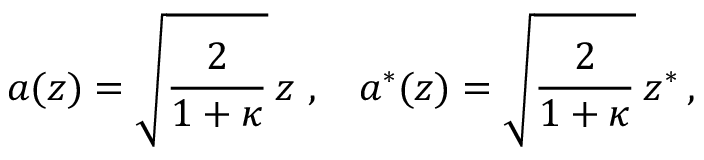
a ( z ) = \sqrt { \frac { 2 } { 1 + \kappa } } \, z \, \, , \, \, \; \; a ^ { * } ( z ) = \sqrt { \frac { 2 } { 1 + \kappa } } \, z ^ { * } \, ,